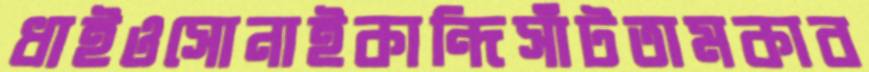
ধাইওসোনাইকান্দিসাঁটতামকাব